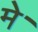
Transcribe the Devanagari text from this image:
मेॱ